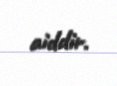
aiddir.